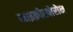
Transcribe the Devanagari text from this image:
माइक्रोस्पोरोन